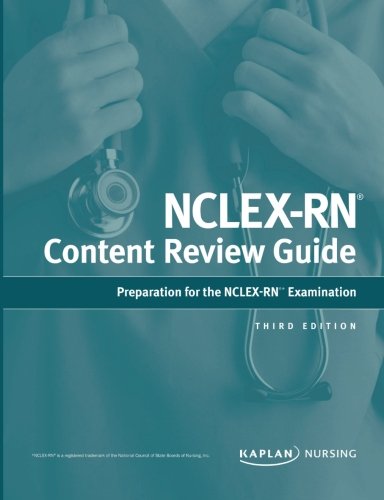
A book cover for NCLEX-RN Content Review Guide; Kaplan; Test Preparation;